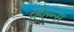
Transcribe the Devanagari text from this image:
व्हेल्न्स